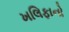
ખલિફાનો